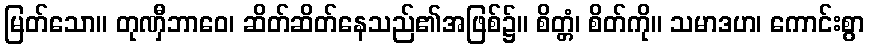
မြတ်သော။ တုဏှီဘာဝေ၊ ဆိတ်ဆိတ်နေသည်၏အဖြစ်၌။ စိတ္တံ၊ စိတ်ကို။ သမာဒဟ၊ ကောင်းစွာ